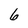
Character: 6